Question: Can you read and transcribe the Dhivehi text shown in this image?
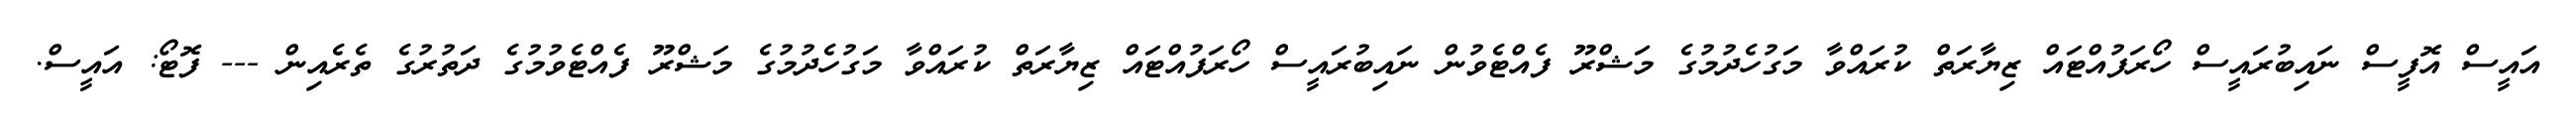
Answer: އައީސް އޮފީސް ނައިބުރައީސް ހޯރަފުއްޓައް ޒިޔާރަތް ކުރައްވާ މަގުހެދުމުގެ މަޝްރޫ ފެއްޓެވުން ނައިބުރައީސް ހޯރަފުއްޓައް ޒިޔާރަތް ކުރައްވާ މަގުހެދުމުގެ މަޝްރޫ ފެއްޓެވުމުގެ ދަތުރުގެ ތެރެއިން --- ފޮޓޯ: އައީސް.